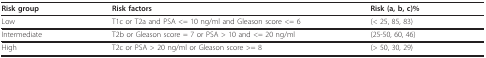
| Risk group | Risk factors | Risk (a, b, c)% |
 | --- | --- | --- |
 | Low | T1c or T2a and PSA <= 10 ng/ml and Gleason score <= 6 | (< 25, 85, 83) |
 | Intermediate | T2b or Gleason score = 7 or PSA > 10 and <= 20 ng/ml | (25-50, 60, 46) |
 | High | T2c or PSA > 20 ng/ml or Gleason score >= 8 | (> 50, 30, 29) |